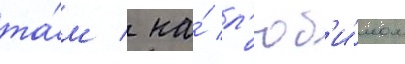
та́м / на́ л'юб'и́мом